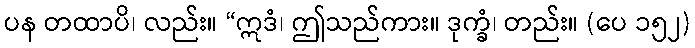
ပန တထာပိ၊ လည်း။ “ဣဒံ၊ ဤသည်ကား။ ဒုက္ခံ၊ တည်း။ (ပေ ၁၅၂)